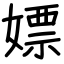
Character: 嫖